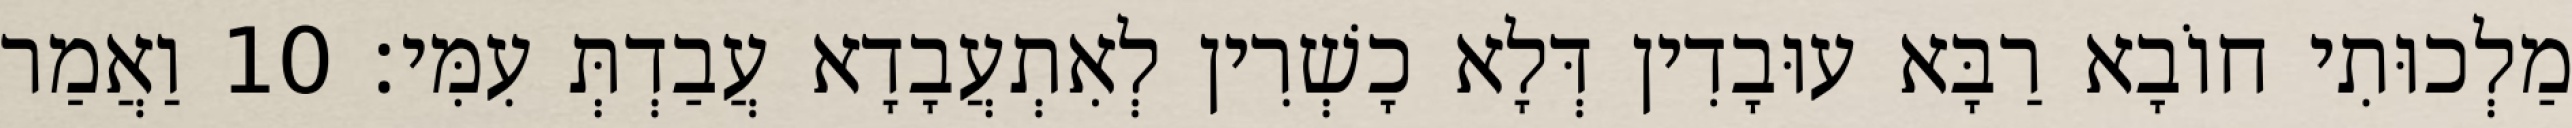
מַלְכוּתִי חוֹבָא רַבָּא עוּבָדִין דְּלָא כָשְׁרִין לְאִתְעֲבָדָא עֲבַדְתְּ עִמִּי׃ 10 וַאֲמַר